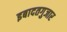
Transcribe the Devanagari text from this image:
इबादतगुजार